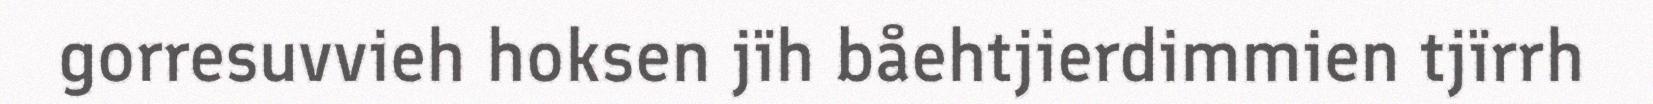
gorresuvvieh hoksen jïh båehtjierdimmien tjïrrh